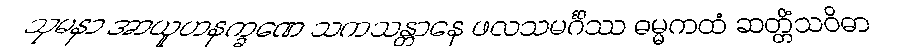
သုမနာ အာယူဟနက္ခဏေ သကသန္တာနေ ဖလသမင်္ဂိဿ ဓမ္မကထံ ဆတ္တိံသဝိဓာ